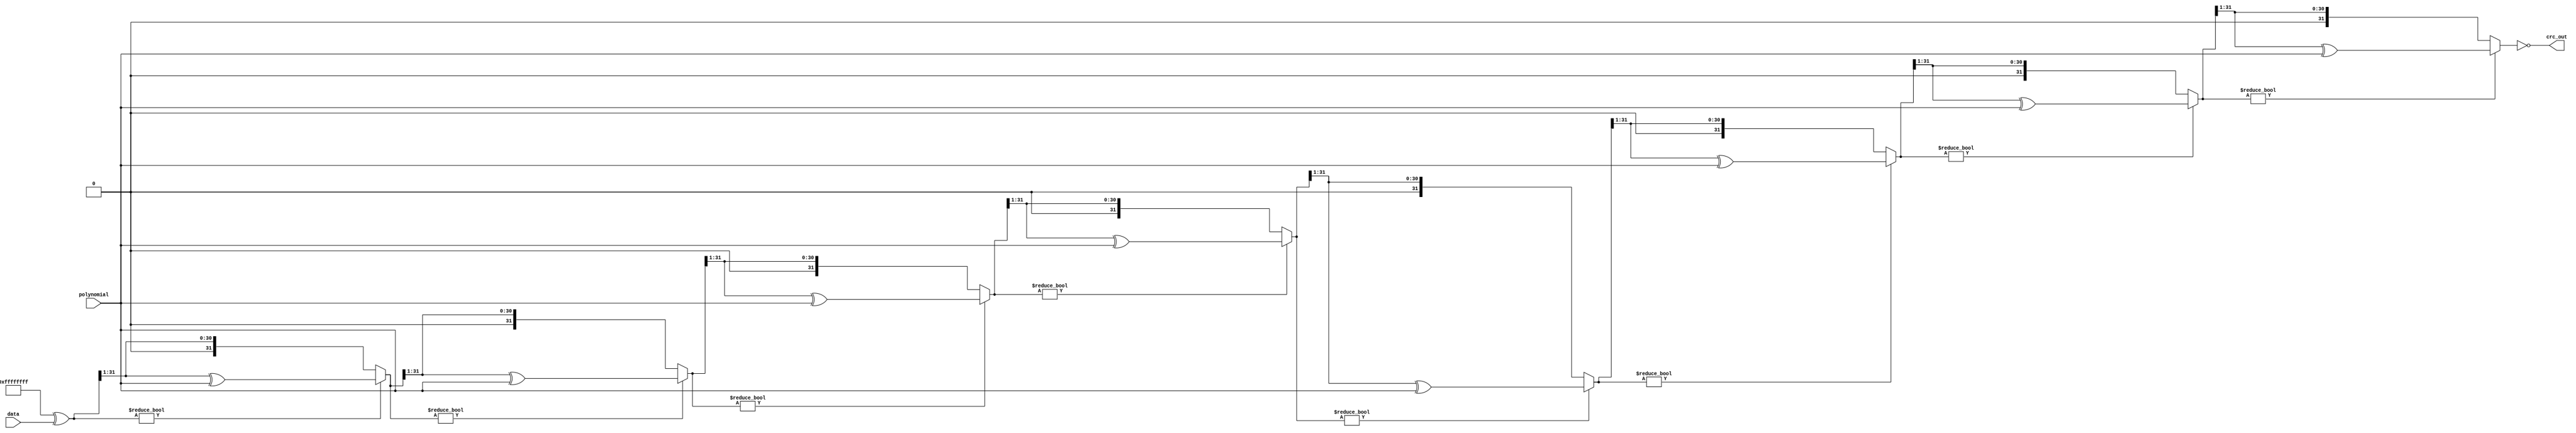
module crc32(data, polynomial, crc_out);

input [31:0] data;
input [31:0] polynomial;
output [31:0] crc_out;

wire [31:0] crc_register;
wire [31:0] crc_register_2;
wire [31:0] crc_register_3;
wire [31:0] crc_register_4;
wire [31:0] crc_register_5;
wire [31:0] crc_register_6;
wire [31:0] crc_register_7;
wire [31:0] crc_register_8;
wire [31:0] crc_register_9;


// Initialize the CRC register
assign crc_register = 32'hFFFFFFFF ^ data;

assign crc_register_2 = (crc_register) ? (crc_register >>> 1) ^ polynomial : crc_register >>> 1;
assign crc_register_3 = (crc_register_2) ? (crc_register_2 >>> 1) ^ polynomial : crc_register_2 >>> 1;
assign crc_register_4 = (crc_register_3) ? (crc_register_3 >>> 1) ^ polynomial : crc_register_3 >>> 1;
assign crc_register_5 = (crc_register_4) ? (crc_register_4 >>> 1) ^ polynomial : crc_register_4 >>> 1;
assign crc_register_6 = (crc_register_5) ? (crc_register_5 >>> 1) ^ polynomial : crc_register_5 >>> 1;
assign crc_register_7 = (crc_register_6) ? (crc_register_6 >>> 1) ^ polynomial : crc_register_6 >>> 1;
assign crc_register_8 = (crc_register_7) ? (crc_register_7 >>> 1) ^ polynomial : crc_register_7 >>> 1;
assign crc_register_9 = (crc_register_8) ? (crc_register_8 >>> 1) ^ polynomial : crc_register_8 >>> 1;

assign crc_out = ~crc_register_9;

endmodule